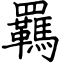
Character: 羈